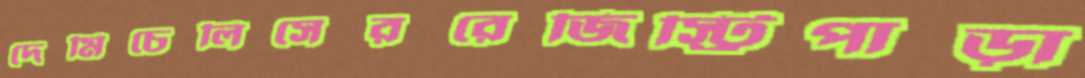
দেমিচেলিসেররেজিস্ট্রিপাড়া